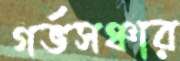
গর্ভসঞ্চার